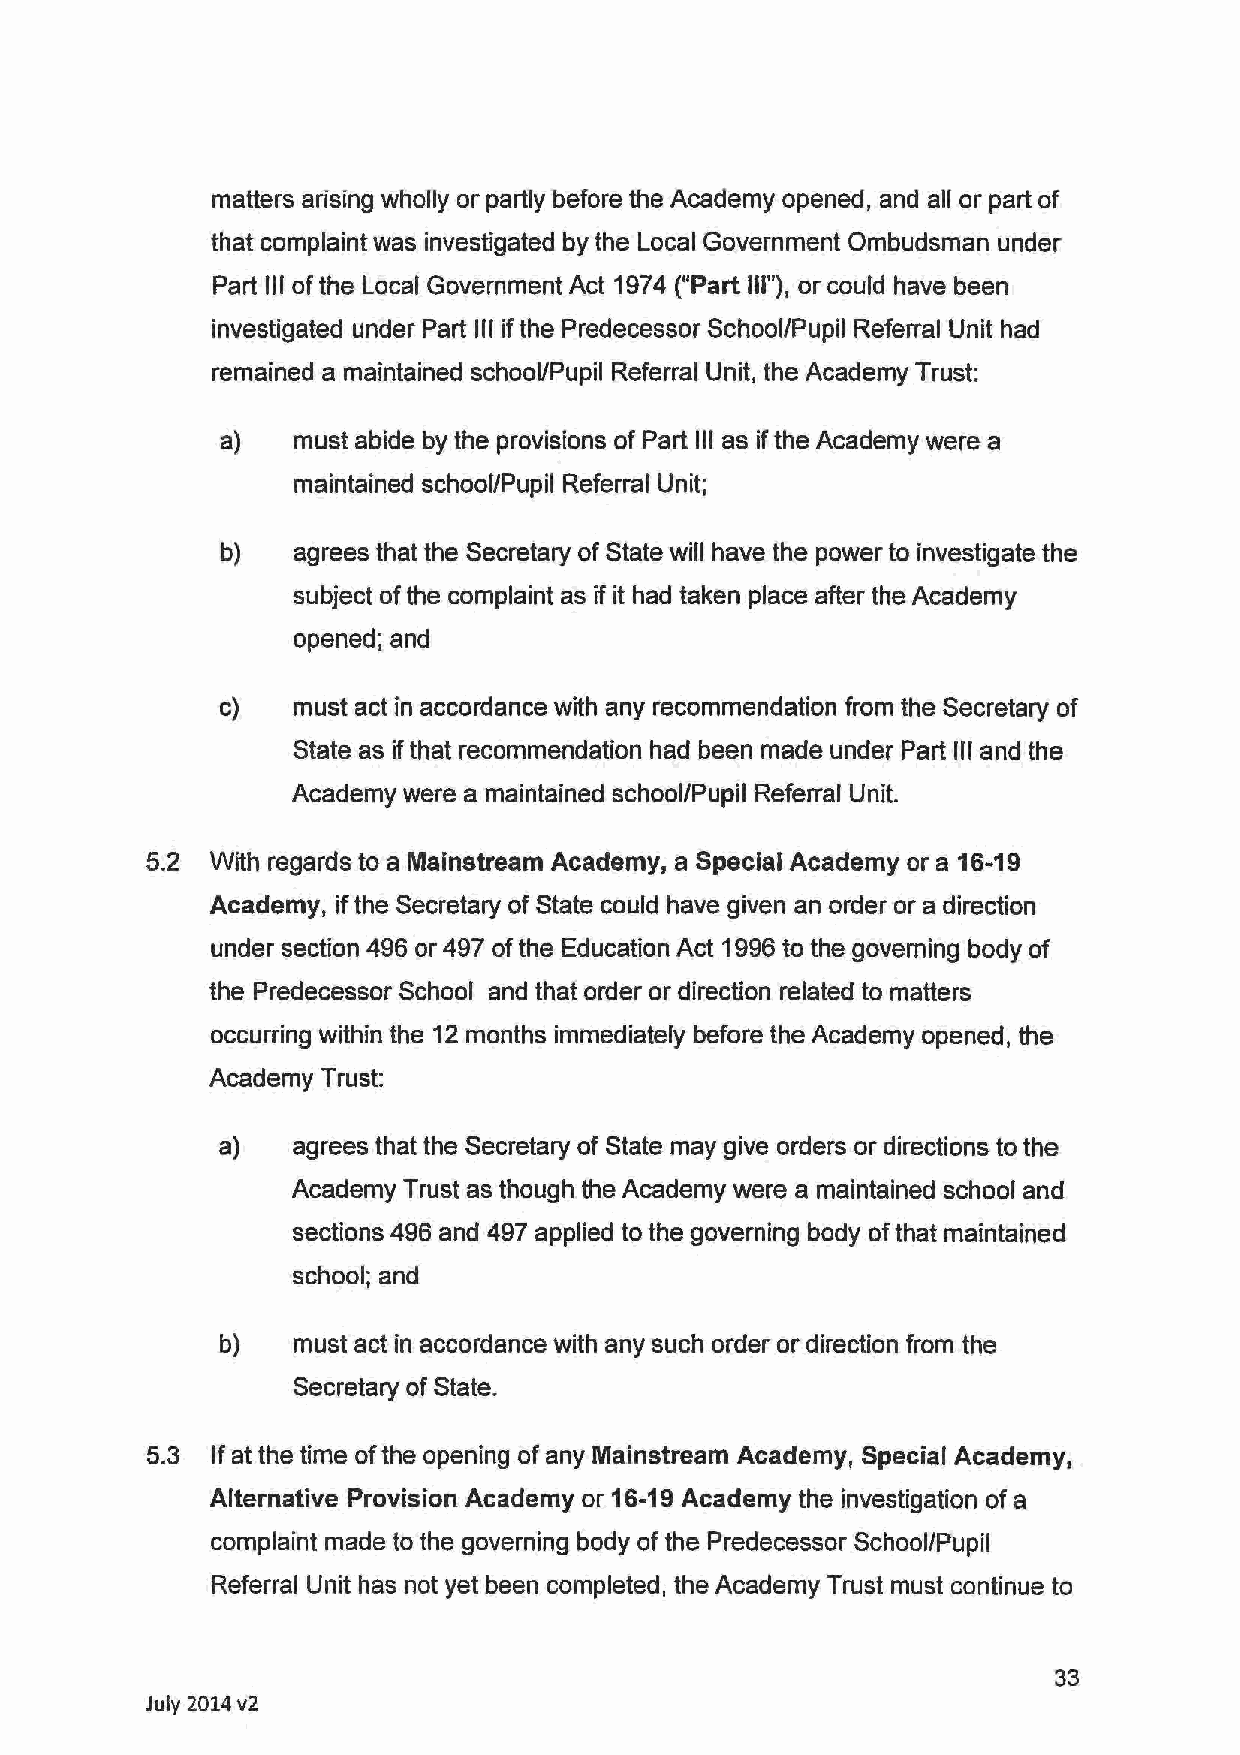
matters arising wholly or partly before the Academy opened, and all or part of
 that complaint was investigated by the Local Government Ombudsman under
 Part Ill of the Local Government Act 1974 ("Part Ill"), or could have been
 investigated under Part Ill if the Predecessor School/Pupil Referral Unit had
 remained a maintained school/Pupil Referral Unit, the Academy Trust:
 a)  must abide by the provisions of Part Ill as if the Academy were a
 maintained school/Pupil Referral Unit;
 b)  agrees that the Secretary of State will have the power to investigate the
 subject of the complaint as if it had taken place after the Academy
 opened; and
 c)   must act in accordance with any recommendation from the Secretary of
 State as if that recommendation had been made under Part Ill and the
 Academy were a maintained school/Pupil Referral Unit.
 5.2 With regards to a Mainstream Academy, a Special Academy or a 16-19
 Academy, if the Secretary of State could have given an order or a direction
 under section 496 or 497 of the Education Act 1996 to the governing body of
 the Predecessor School and that order or direction related to matters
 occurring within the 12 months immediately before the Academy opened, the
 Academy Trust:
 a)   agrees that the Secretary of State may give orders or directions to the
 Academy Trust as though the Academy were a maintained school and
 sections 496 and 497 applied to the governing body of that maintained
 school; and
 b)   must act in accordance with any such order or direction from the
 Secretary of State.
 5.3 If at the time of the opening of any Mainstream Academy, Special Academy,
 Alternative Provision Academy or 16-19 Academy the investigation of a
 complaint made to the governing body of the Predecessor School/Pupil
 Referral Unit has not yet been completed, the Academy Trust must continue to
 33
 July 2014 v2